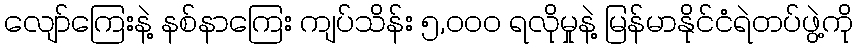
လျော်ကြေးနဲ့ နစ်နာကြေး ကျပ်သိန်း ၅,၀၀၀ ရလိုမှုနဲ့ မြန်မာနိုင်ငံရဲတပ်ဖွဲ့ကို